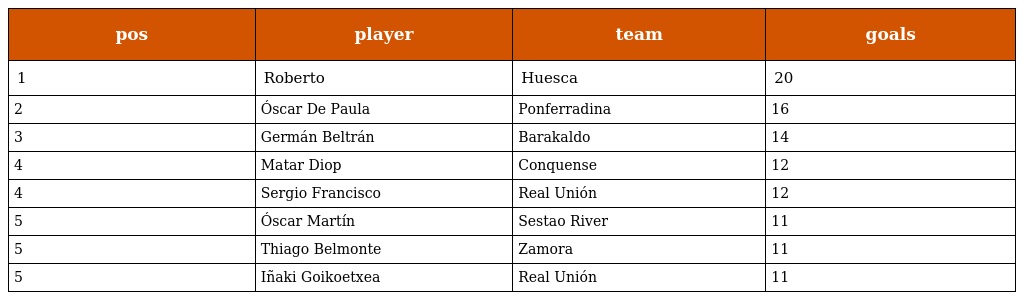
| pos | player | team | goals |
 | --- | --- | --- | --- |
 | 1 | Roberto | Huesca | 20 |
 | 2 | Óscar De Paula | Ponferradina | 16 |
 | 3 | Germán Beltrán | Barakaldo | 14 |
 | 4 | Matar Diop | Conquense | 12 |
 | 4 | Sergio Francisco | Real Unión | 12 |
 | 5 | Óscar Martín | Sestao River | 11 |
 | 5 | Thiago Belmonte | Zamora | 11 |
 | 5 | Iñaki Goikoetxea | Real Unión | 11 |